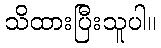
သိထားပြီးသူပါ။